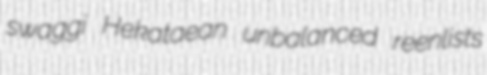
swaggi Hekataean unbalanced reenlists